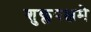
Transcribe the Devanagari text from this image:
शुक्लपक्षमे